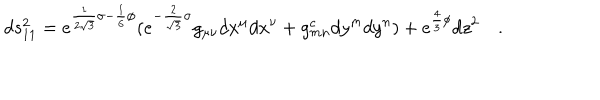
LaTeX: d s _ { 1 1 } ^ { 2 } = e ^ { \frac { 1 } { 2 \sqrt { 3 } } \sigma - \frac { 1 } { 6 } \phi } ( e ^ { - \frac { 2 } { \sqrt { 3 } } \sigma } g _ { \mu \nu } d x ^ { \mu } d x ^ { \nu } + g _ { m n } ^ { c } d y ^ { m } d y ^ { n } ) + e ^ { \frac { 4 } { 3 } \phi } d z ^ { 2 } \quad .